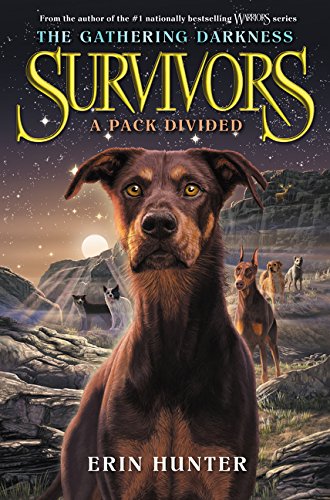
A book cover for Survivors: The Gathering Darkness #1: A Pack Divided; Erin Hunter; Children's Books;